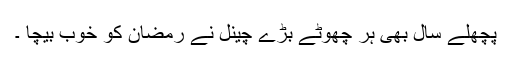
پچھلے سال بھی ہر چھوٹے بڑے چینل نے رمضان کو خوب بیچا ۔